Lunatic asylums United Prov. 1922-30 - 1922-1930
Year: 1922
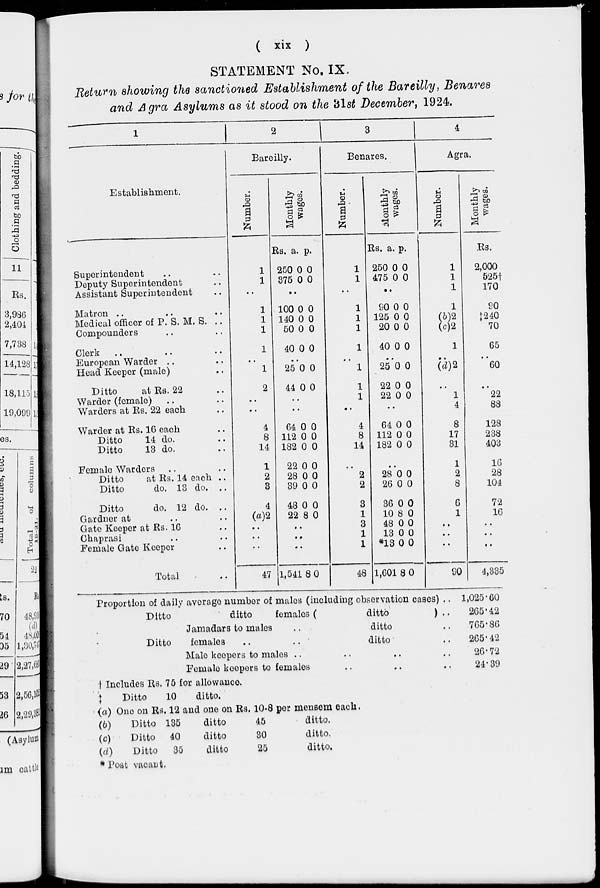
( xix )
STATEMENT No. IX.
Return showing the sanctioned Establishment of the Bareilly, Benares
and Agra Asylums as it stood on the 31st December, 1924.
1
Establishment.
Superintendent .. ..
Deputy Superintendent ..
Assistant Superintendent ..
Matron .. .. ..
Medical officer of P. S. M. S. ..
Compounders .. ..
Clerk .. .. ..
European Warder .. ..
Head Keeper (male) ..
Ditto
at Rs. 22 ..
Warder (female) .. ..
Warders at Rs. 22 each ..
Warder at Rs. 16 each ..
Ditto
14 do. ..
Ditto
13 do. ..
Female Warders .. ..
Ditto
at Rs. 14 each ..
Ditto
do. 13 do. ..
Ditto
do. 12 do. ..
Gardner at .. ..
Gate Keeper at Rs. 16 ..
Chaprasi .. ..
Female Gate Keeper ..
Total ..
2
Bareilly.
Number.
1
1
..
1
1
1
1
..
1
2
..
..
4
8
14
1
2
3
4
(a)2
..
..
..
47
Monthly
wages.
Rs.
250
875
a.
0
0
p.
0
0
..
100
140
50
40
..
25
44
..
..
64
112
182
22
28
39
48
22
0
0
0
0
..
0
0
..
..
0
0
0
0
0
0
0
8
0
0
0
0
..
0
0
..
..
0
0
0
0
0
0
0
0
.
..
..
1,541 8 0
3
Benares.
Number.
1
1
..
1
1
1
1
..
1
1
1
..
4
8
14
..
2
2
3
1
3
1
1
48
Monthly
wages.
Rs.
250
475
a.
0
0
p.
0
0
..
90
125
20
40
0
0
0
0
0
0
0
0
..
25
22
22
0
0
0
0
0
0
..
64
112
182
0
0
0
0
0
0
..
28
26
36
10
48
13
*13
1,601
0
0
0
8
0
0
0
8
0
0
0
0
0
0
0
0
4
Agra.
Number.
1
1
1
1
(b)2
(c)2
1
..
(d)2
..
1
4
8
17
31
1
2
8
6
1
..
..
..
90
Monthly
wages.
Rs.
2,000
525†
170
90
‡240
70
65
..
60
..
22
88
128
238
403
16
28
104
72
16
..
..
..
4,335
Proportion of daily average number of males (including observation cases) ..
Ditto
ditto
females (
ditto
) ..
Jamadars to males
..
ditto ..
Ditto
females
..
..
ditto ..
Male keepers to males .. .. .. ..
Female keepers to females .. .. ..
1,025.60
265.42
765.86
265.42
26.72
24.39
† Includes Rs. 75 for allowance.
‡
Ditto
10
ditto.
(a) One on Rs. 12 and one on Rs. 10-8 per mensem each.
(b)
Ditto 135
ditto
45
ditto.
(c)
Ditto 40
ditto
30
ditto.
(d)
Ditto 35
ditto
25
ditto.
* Post vacant.